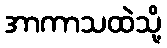
အာကာသထဲသို့